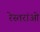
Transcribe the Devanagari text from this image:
रेस्तरांओ